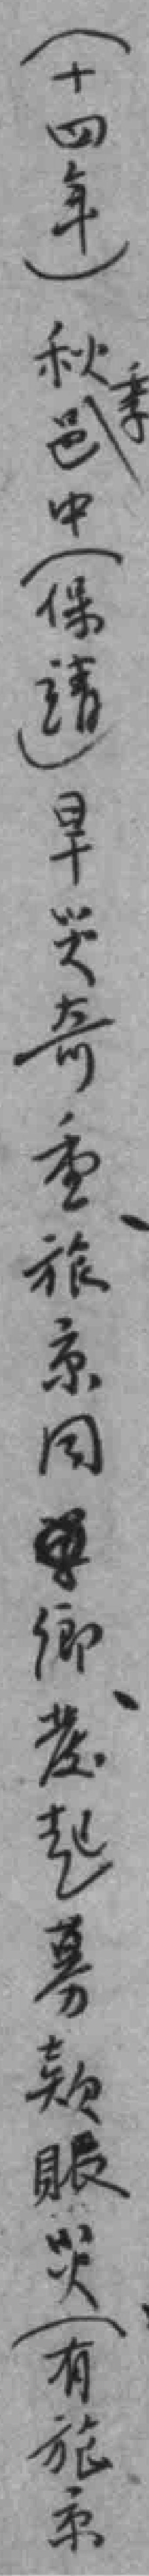
(十四年)秋邑中（保靖）旱災奇重旅京同鄉發起募款賑災（有旅京